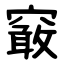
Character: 䆻